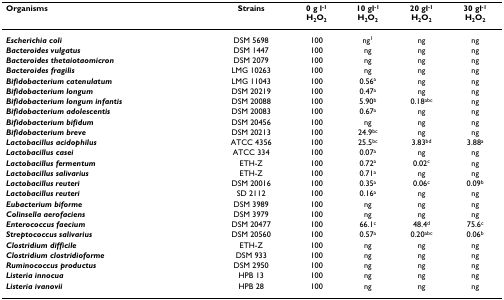
| Organisms | Strains | 0 g l-1H2O2 | 10 gl-1H2O2 | 20 gl-1H2O2 | 30 gl-1H2O2 |
 | --- | --- | --- | --- | --- | --- |
 | Escherichia coli | DSM 5698 | 100 | ng1 | ng | ng |
 | Bacteroides vulgatus | DSM 1447 | 100 | ng | ng | ng |
 | Bacteroides thetaiotaomicron | DSM 2079 | 100 | ng | ng | ng |
 | Bacteroides fragilis | LMG 10263 | 100 | ng | ng | ng |
 | Bifidobacterium catenulatum | LMG 11043 | 100 | 0.56a | ng | ng |
 | Bifidobacterium longum | DSM 20219 | 100 | 0.47a | ng | ng |
 | Bifidobacterium longum infantis | DSM 20088 | 100 | 5.90b | 0.18abc | ng |
 | Bifidobacterium adolescentis | DSM 20083 | 100 | 0.67a | ng | ng |
 | Bifidobacterium bifidum | DSM 20456 | 100 | ng | ng | ng |
 | Bifidobacterium breve | DSM 20213 | 100 | 24.9bc | ng | ng |
 | Lactobacillus acidophilus | ATCC 4356 | 100 | 25.5bc | 3.83bd | 3.88a |
 | Lactobacillus casei | ATCC 334 | 100 | 0.07a | ng | ng |
 | Lactobacillus fermentum | ETH-Z | 100 | 0.72a | 0.02c | ng |
 | Lactobacillus salivarius | ETH-Z | 100 | 0.71a | ng | ng |
 | Lactobacillus reuteri | DSM 20016 | 100 | 0.35a | 0.06c | 0.09b |
 | Lactobacillus reuteri | SD 2112 | 100 | 0.16a | ng | ng |
 | Eubacterium biforme | DSM 3989 | 100 | ng | ng | ng |
 | Colinsella aerofaciens | DSM 3979 | 100 | ng | ng | ng |
 | Enterococcus faecium | DSM 20477 | 100 | 66.1c | 48.4d | 75.6c |
 | Streptococcus salivarius | DSM 20560 | 100 | 0.57a | 0.20abc | 0.06b |
 | Clostridium difficile | ETH-Z | 100 | ng | ng | ng |
 | Clostridium clostridioforme | DSM 933 | 100 | ng | ng | ng |
 | Ruminococcus productus | DSM 2950 | 100 | ng | ng | ng |
 | Listeria innocua | HPB 13 | 100 | ng | ng | ng |
 | Listeria ivanovii | HPB 28 | 100 | ng | ng | ng |